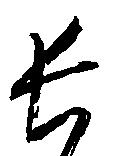
長